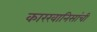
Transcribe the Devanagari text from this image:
कारखानिसांची